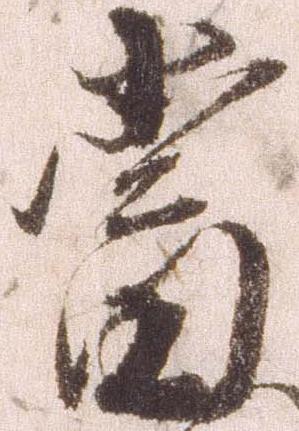
当